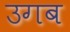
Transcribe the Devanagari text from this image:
उगब